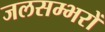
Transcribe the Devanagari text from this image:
जलसम्भरों